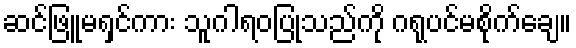
ဆင်ဖြူမရှင်ကား သူဂါရဝပြုသည်ကို ဂရုပင်မစိုက်ချေ။